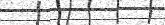
٤٤